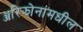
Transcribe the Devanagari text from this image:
ॲरिझोनामधील